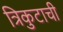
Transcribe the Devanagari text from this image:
त्रिकुटाची